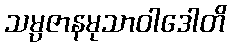
သမ္ပဇာနမုသာဝါဒေါတိ